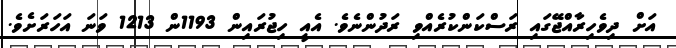
އަށް ދިވެހިރާއްޖޭގައި ރަސްކަންކުރެއްވި ރަދުންނެވެ. އެއީ ހިޖުރައިން 1193ން 1213 ވަނަ އަހަރަށެވެ.